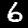
Label: 6